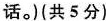
话.(共 5 分)